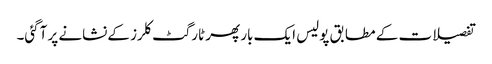
تفصیلات کے مطابق پولیس ایک بار پھر ٹارگٹ کلرز کےنشانے پر آگئی۔